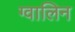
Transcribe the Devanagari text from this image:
ग्वालिन